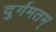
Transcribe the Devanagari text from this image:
दुर्गमतम्